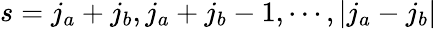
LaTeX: s=j_{a}+j_{b},j_{a}+j_{b}-1,\cdots,|j_{a}-j_{b}|